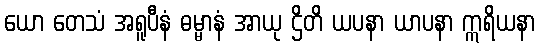
ယော တေသံ အရူပီနံ ဓမ္မာနံ အာယု ဌိတိ ယပနာ ယာပနာ ဣရိယနာ